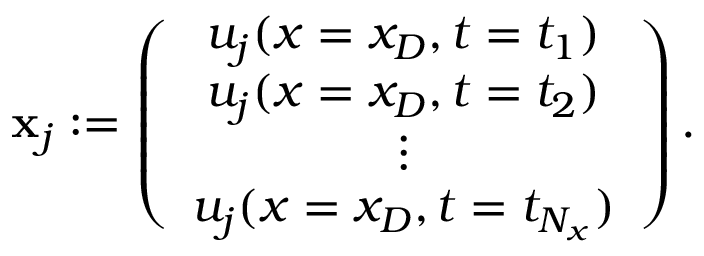
\mathbf { x } _ { j } : = \left( \begin{array} { c } { u _ { j } ( x = x _ { D } , t = t _ { 1 } ) } \\ { u _ { j } ( x = x _ { D } , t = t _ { 2 } ) } \\ { \vdots } \\ { u _ { j } ( x = x _ { D } , t = t _ { N _ { x } } ) } \end{array} \right) .